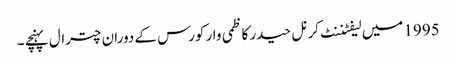
1995 میں لیفٹننٹ کرنل حیدر کاظمی وار کورس کے دوران چترال پہنچے ۔